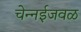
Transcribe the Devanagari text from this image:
चेन्‍नईजवळ